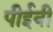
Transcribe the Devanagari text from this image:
पीईवी